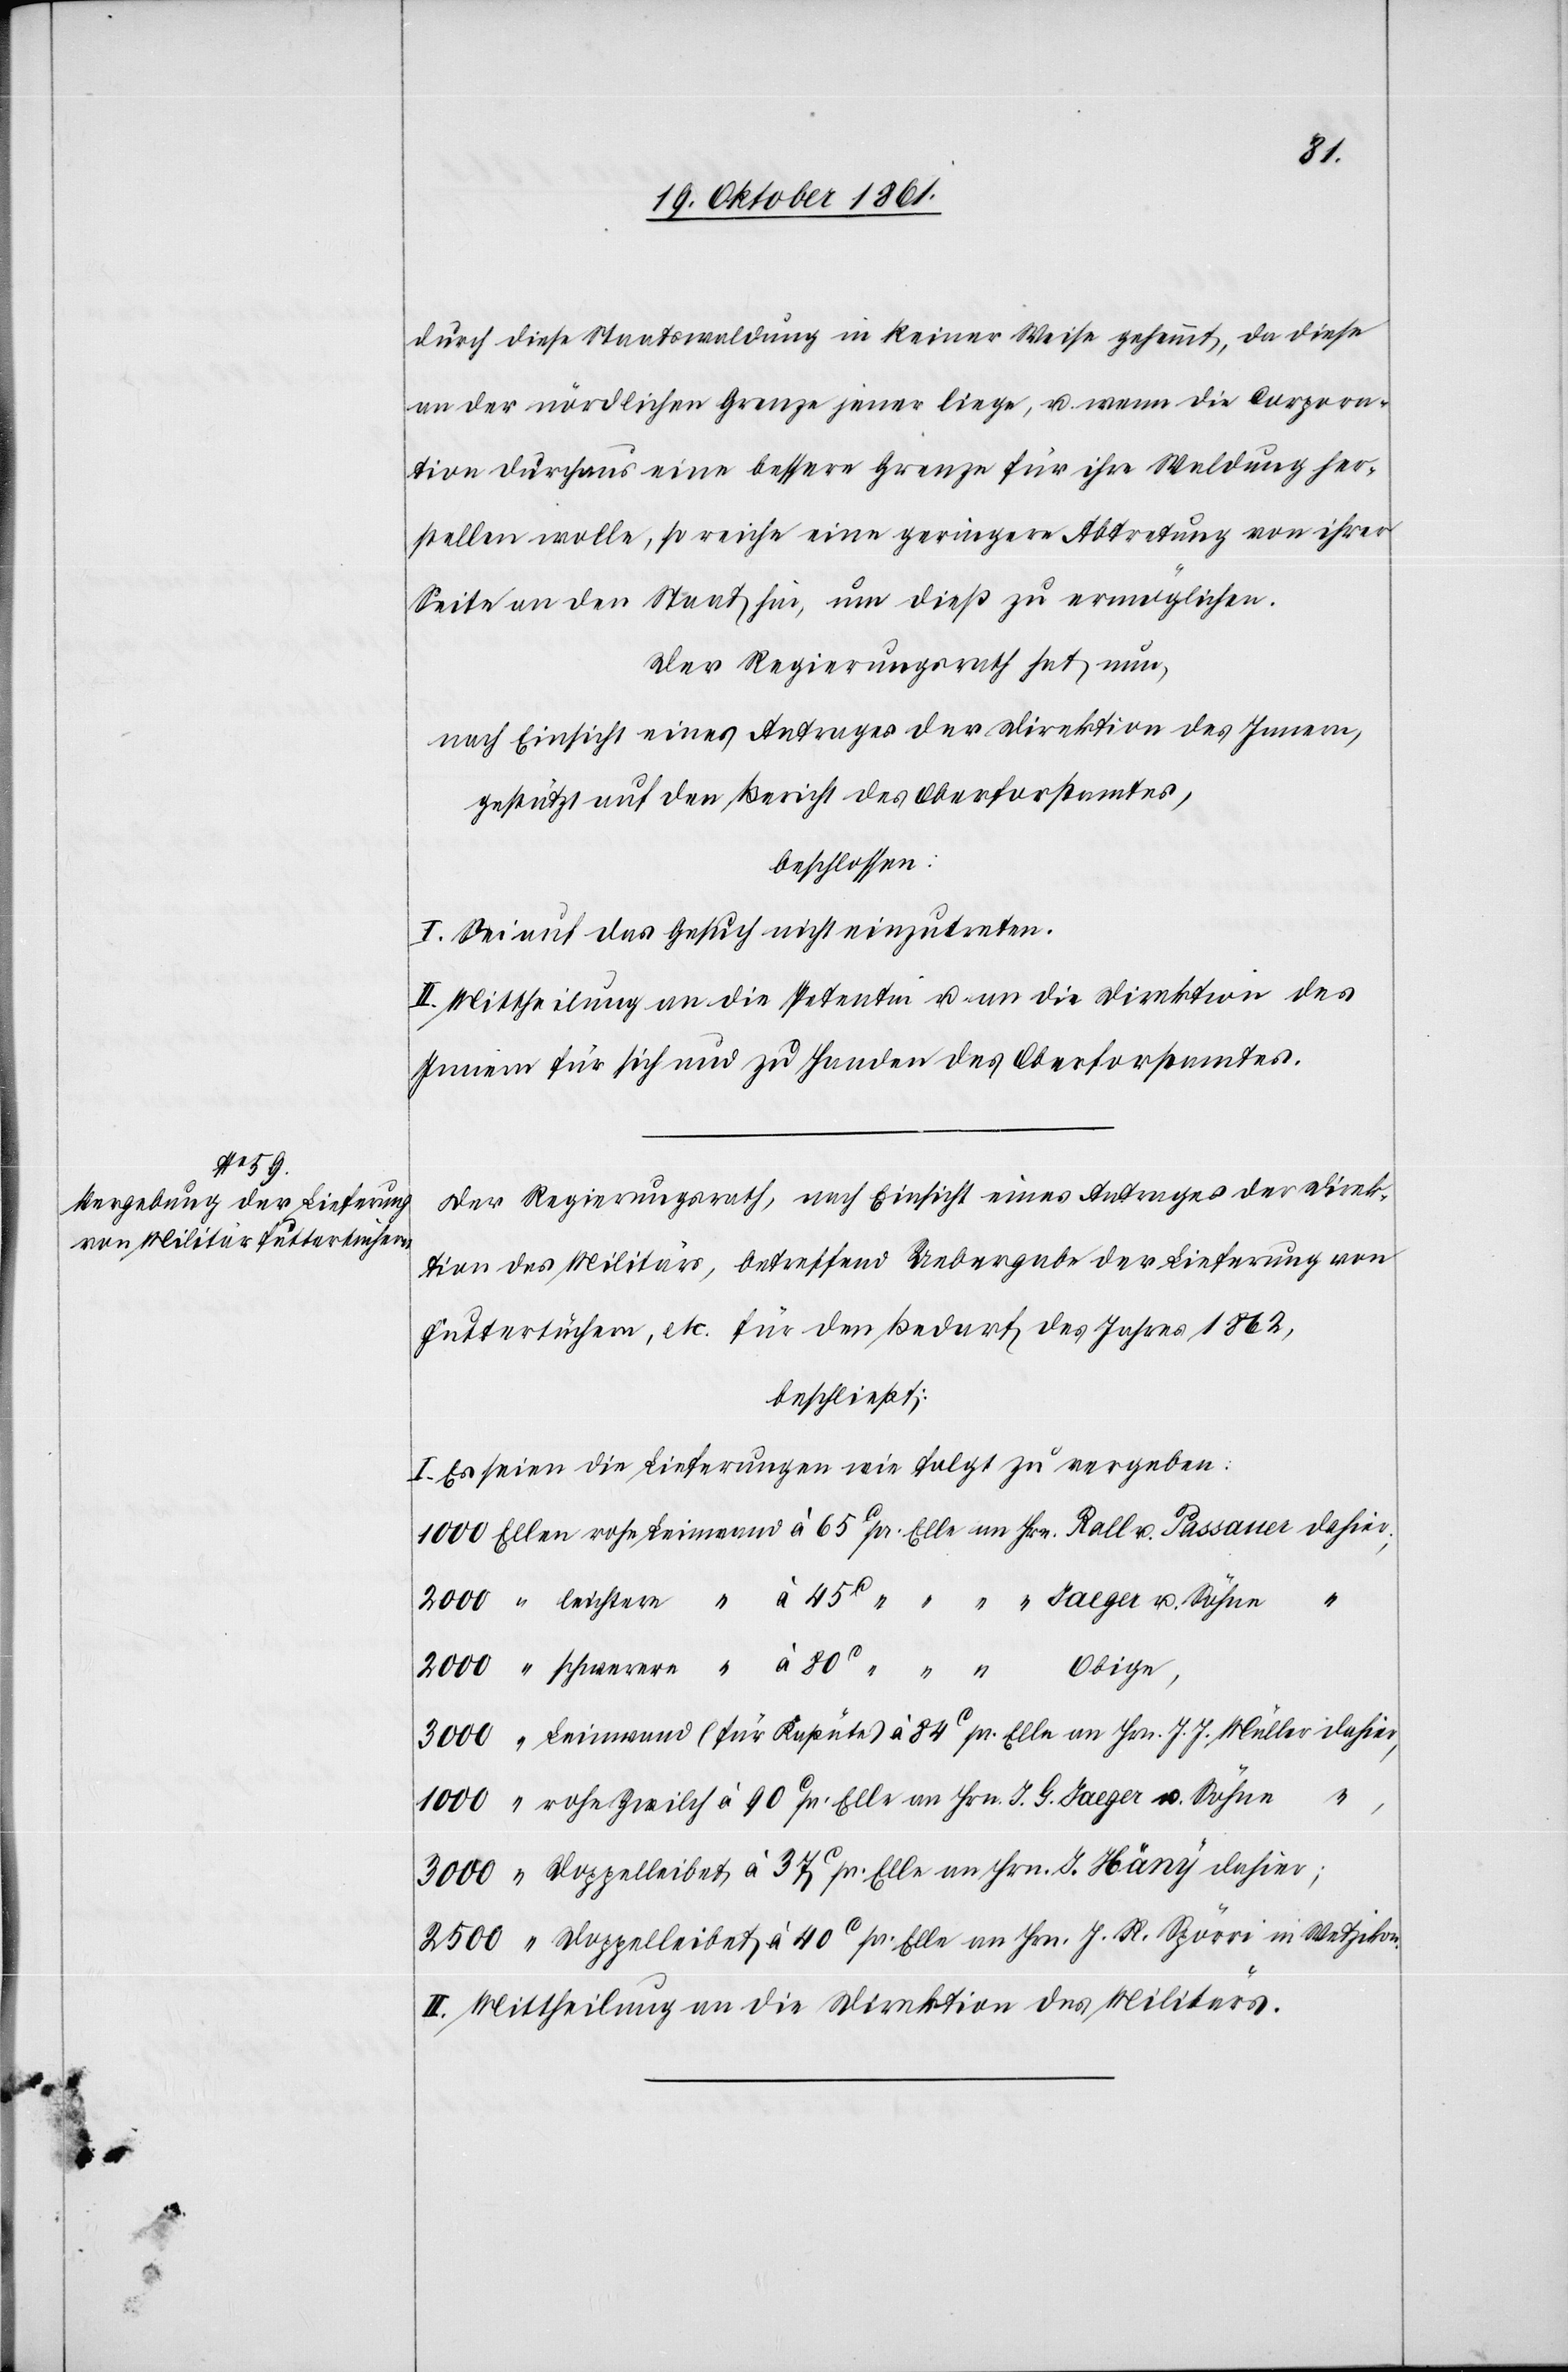
u.

durch diese Staatswaldung in keiner Weise gehemmt, da diese
an der nördlichen Grenze jener liege, u. wenn die Corpora¬
tion durchaus eine bessere Grenze für ihre Waldung her¬
stellen wolle, so reiche eine geringere Abtretung von ihrer
Seite an den Staat hin, um dieß zu ermöglichen.
Der Regierungsrath hat nun,
nach Einsicht eines Antrages der Direktion des Innern,
gestützt auf den Bericht des Oberforstamtes,
beschlossen:
I. Sei auf das Gesuch nicht einzutreten.
II. Mittheilung an die Petentin u. an die Direktion des
Innern für sich und zu Handen des Oberforstamtes.
Der Regierungsrath, nach Einsicht eines Antrages der Direk¬
tion des Militärs, betreffend Uebergabe der Lieferung von
Futtertüchern, etc. für den Bedarf des Jahres 1862,
beschließt:
I. Es seien die Lieferungen wie folgt zu vergeben:
1000 Ellen rohe 	Leinwand à 65c pr. Elle an Hrn. Rall v. Passaner dahier.
3000	“ Leinwand (für Kapüte) à 84c pr. Elle an Hrn. J. J. Müller dahier,
1000	“ rohe Zwilch à 90c pr. Elle an Hrn. J. G. Saeger u. Söhne
“
3000	“ Doppelleibet à 37c pr. Elle an Hrn. J. Häny dahier,
2500	“ Doppelleibet à 40c pr. Elle an Hrn. J. R. Spörri in Wetzikon.
II. Mittheilung an die Direktion des Militärs.